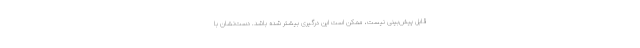
قابل پیش‌بینی نیست، ممکن است این درگیری بیشتر شده باشد. دست‌نشان با